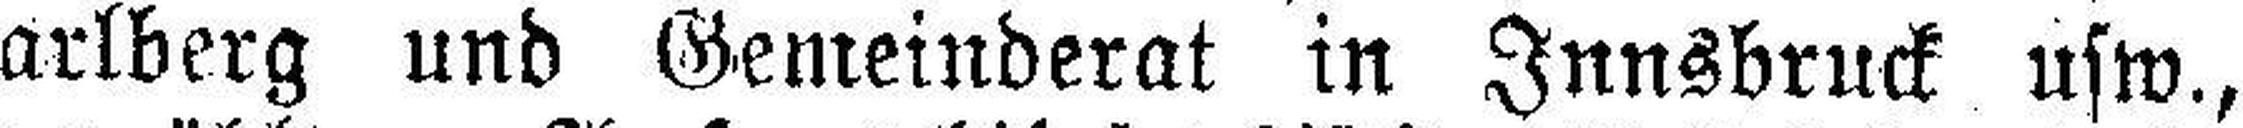
arlberg und Gemeinderat in Innsbruck usw.,